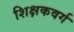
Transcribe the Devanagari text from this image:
शिक्षकवर्ग